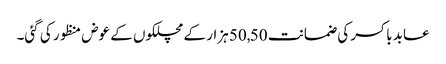
عابد باکسر کی ضمانت 50,50 ہزار کے مچلکوں کے عوض منظور کی گئی۔